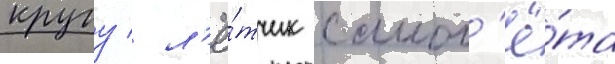
кругу / л'ё́тчик самол'ё́та